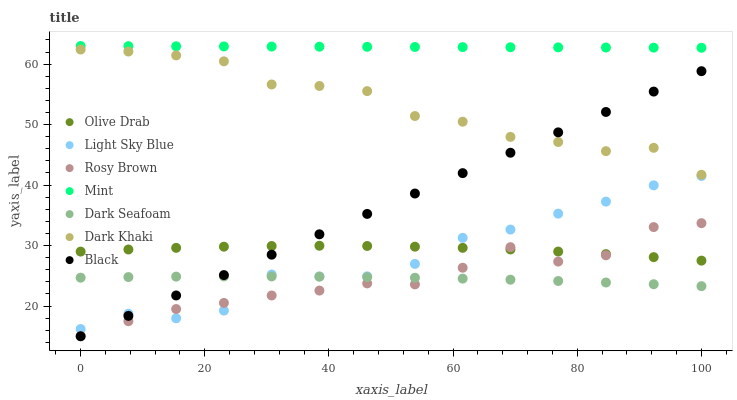
| xaxis_label | Olive Drab | Light Sky Blue | Rosy Brown | Mint | Dark Seafoam | Dark Khaki | Black |
 | --- | --- | --- | --- | --- | --- | --- | --- |
 | 0 | 29 | 16.2 | 15 | 63 | 24.7 | 62.4 | 15 |
 | 7.69 | 29.3 | 18.7 | 17.5 | 63 | 24.8 | 62.1 | 18.4 |
 | 15.4 | 29.6 | 18 | 19.5 | 63 | 24.9 | 61.4 | 21.7 |
 | 23.1 | 29.8 | 19.2 | 20.5 | 62.9 | 24.9 | 60.5 | 25.1 |
 | 30.8 | 29.9 | 25.2 | 21.7 | 62.9 | 24.9 | 56.6 | 28.5 |
 | 38.5 | 30 | 24.9 | 22.6 | 62.9 | 24.9 | 56.4 | 31.9 |
 | 46.2 | 29.9 | 24.9 | 23.7 | 62.9 | 24.8 | 55.5 | 35.2 |
 | 53.8 | 29.8 | 27 | 23.6 | 62.8 | 24.7 | 51.4 | 38.6 |
 | 61.5 | 29.6 | 31.3 | 26.3 | 62.8 | 24.5 | 50.5 | 42 |
 | 69.2 | 29.4 | 32.6 | 29.7 | 62.8 | 24.4 | 48 | 45.3 |
 | 76.9 | 29 | 35.3 | 27.4 | 62.8 | 24.1 | 47.1 | 48.7 |
 | 84.6 | 28.6 | 37.3 | 28.4 | 62.8 | 23.9 | 45.6 | 52.1 |
 | 92.3 | 28.1 | 40 | 33.1 | 62.7 | 23.6 | 46.2 | 55.5 |
 | 100 | 27.5 | 41.5 | 33.7 | 62.7 | 23.3 | 41.7 | 58.8 |